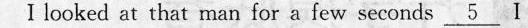
I looked at that man for a few sececns \underline{5} I